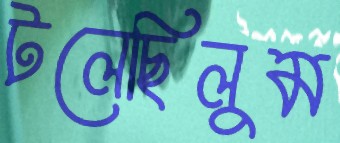
টলেছিলুম